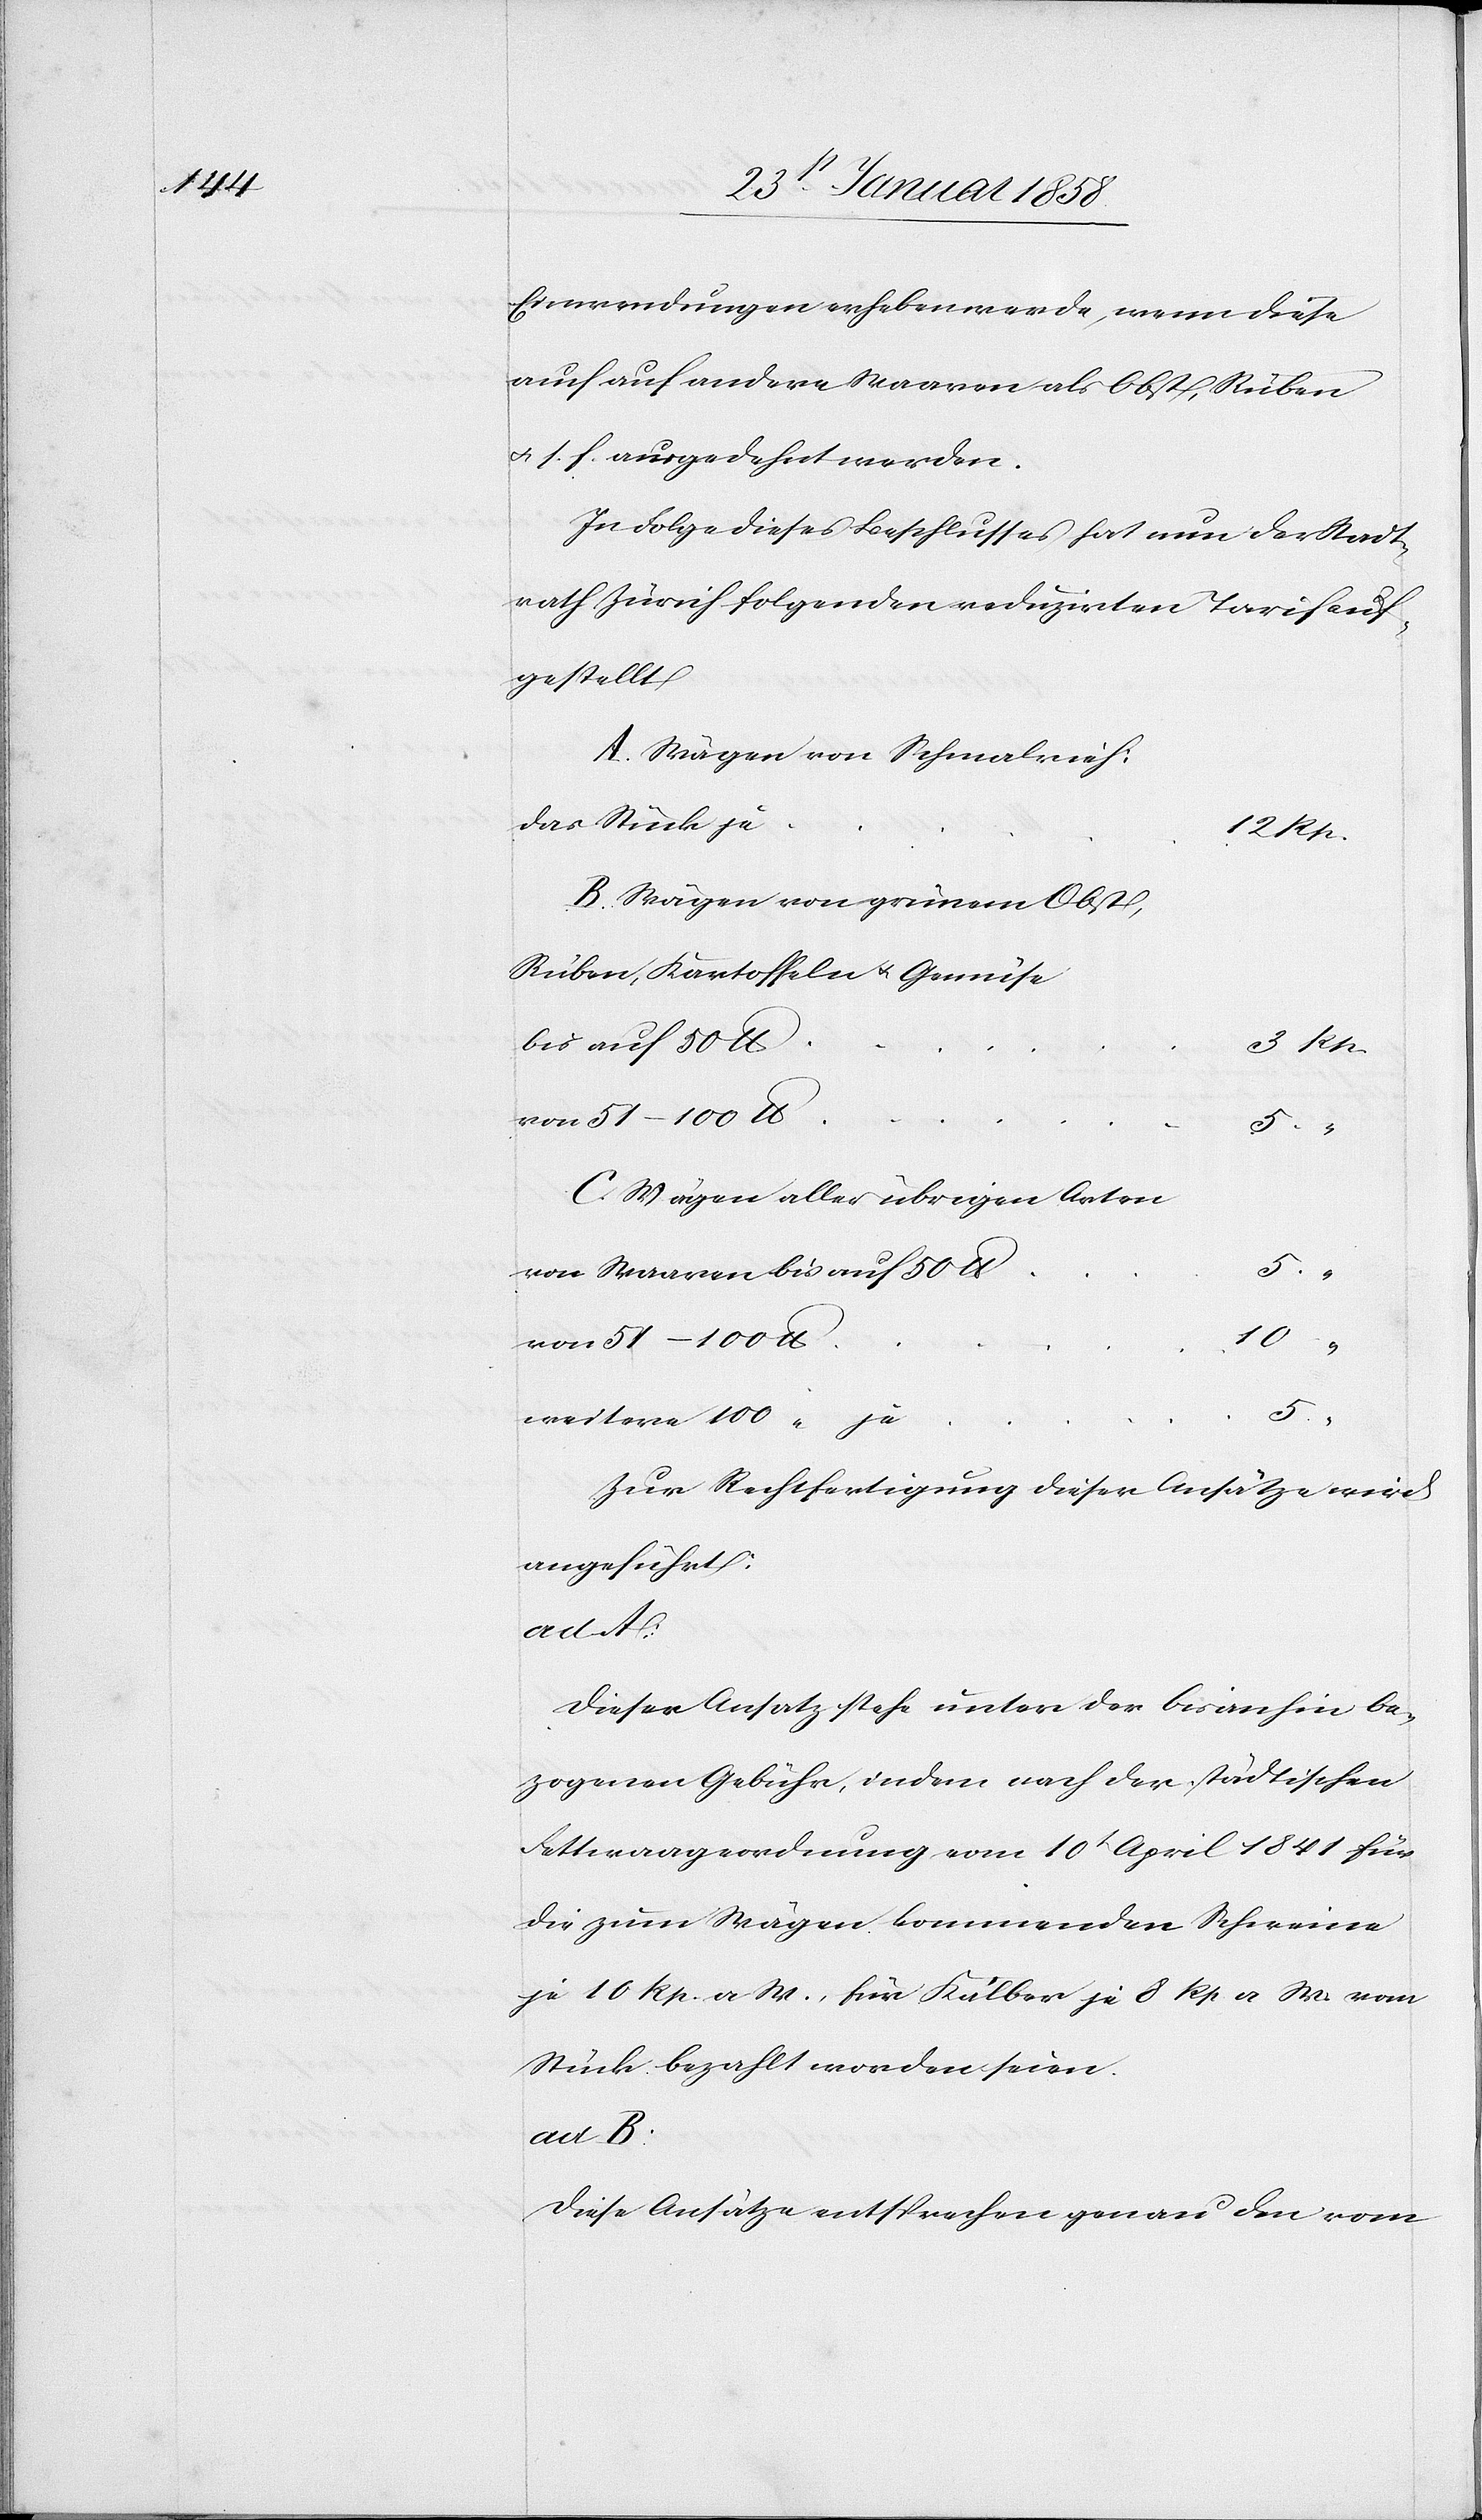
Einwendungen erheben werde, wenn diese
auch auf andere Waaren als Obst, Rüben
u. s. f. ausgedehnt werden.
In Folge dieses Beschlusses hat nun der Stadt¬
rath Zürich folgenden reduzirten Tarif auf¬
gestellt.
A. Wägen von Schmalvieh:
B. Wägen von grünem Obst,
Rüben, Kartoffeln u. Gemüse
bis auf 50
C. Wägen aller übrigen Arten
von Waaren bis auf 50
von 51–100
weitere 100 “
Zur Rechtfertigung dieser Ansätze wird
angeführt:
ad A:
Dieser Ansatz steht unter der bisanhin be¬
zogenen Gebühr, indem nach der städtischen
Fettwaageordnung vom 10t April 1841 für
die zum Wägen kommenden Schweine
je 10 Rp. a. W., für Kälber je 8 Rp. a. W. vom
Stück bezahlt worden seien.
ad B:
Diese Ansätze entsprechen genau den vom